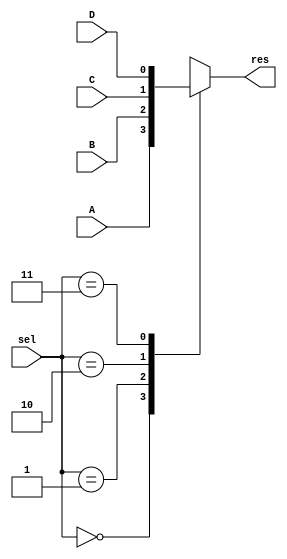
module mux4by1 (
    input [1:0]sel, 
    input A, 
    input B,
    input C, 
    input D, 
    output reg res
    );
always @ * begin
  case (sel)
    2'b00 : res = A;
    2'b01 : res = B;
    2'b10 : res = C;
    2'b11 : res = D;
    default: res = D;
  endcase
end
endmodule